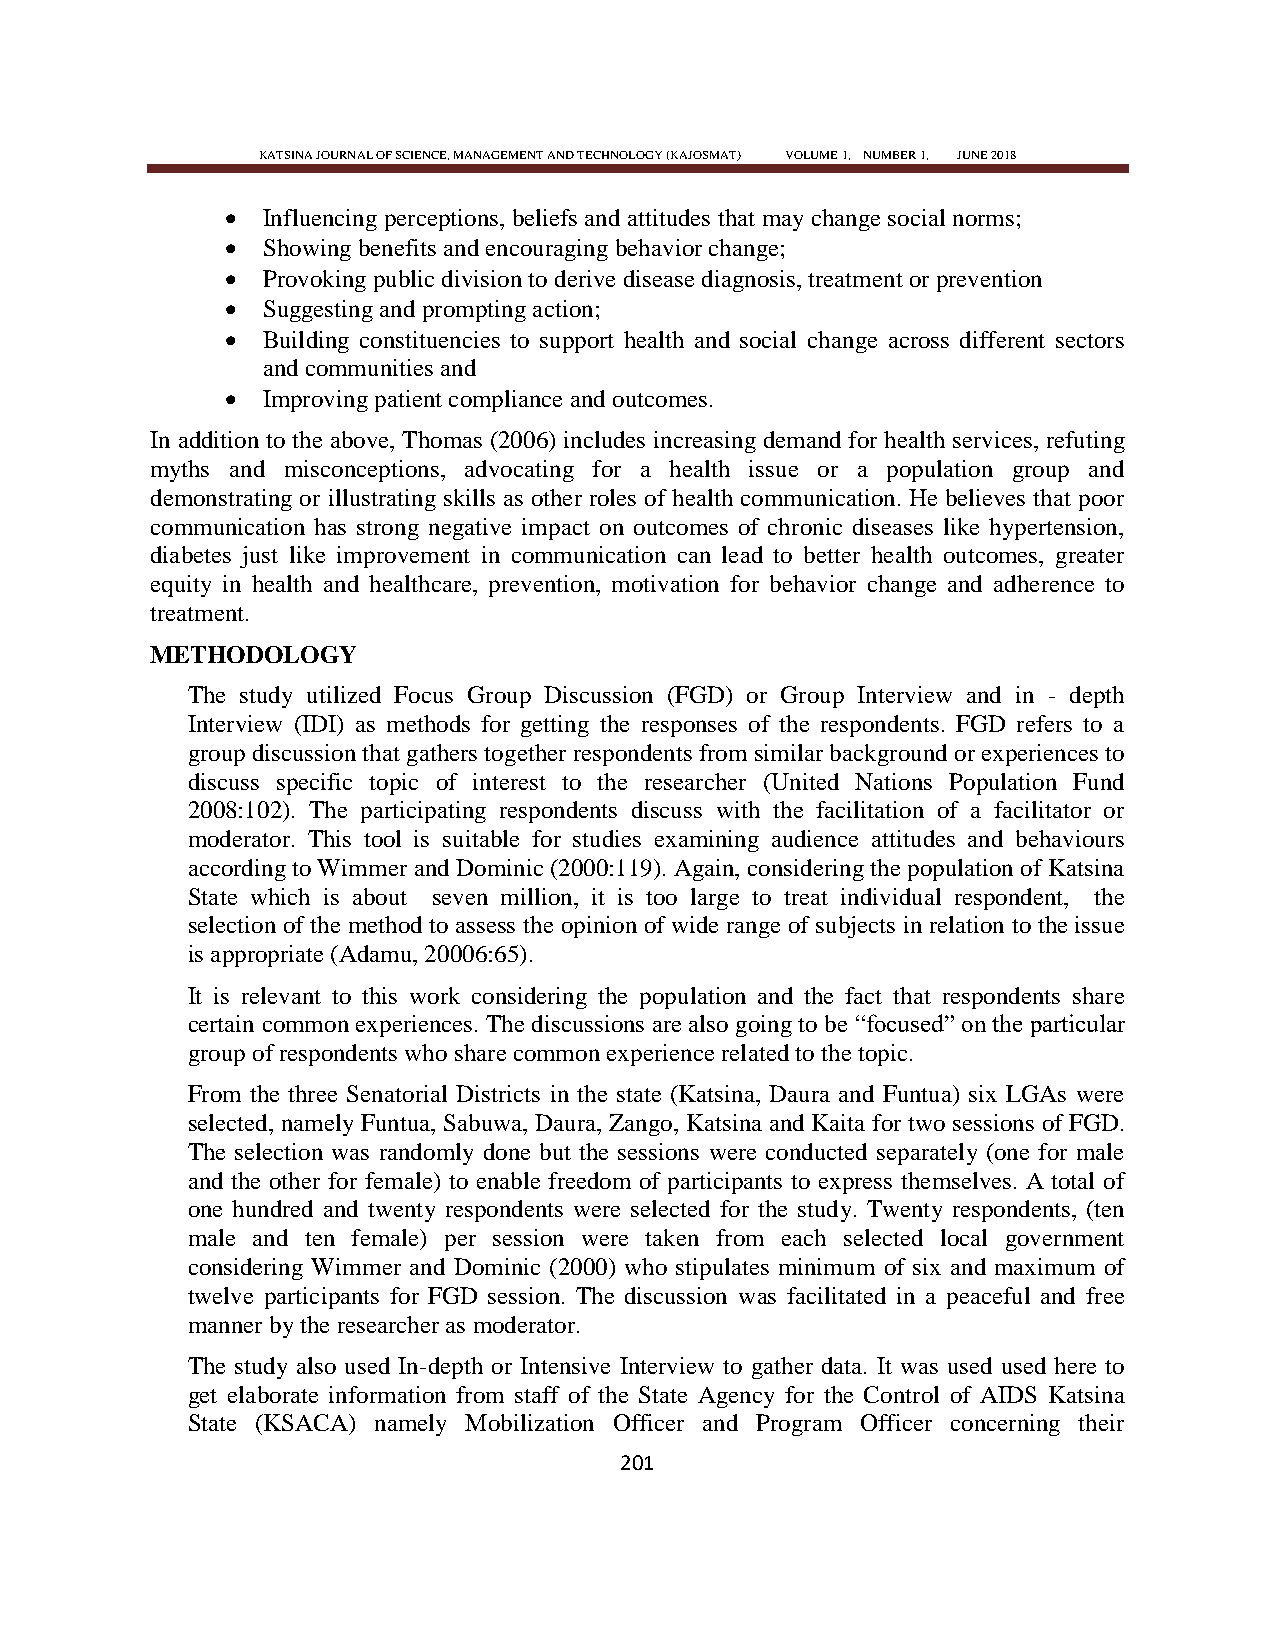
KATSINA JOURNAL OF SCIENCE, MANAGEMENT AND TECHNOLOGY (KAJOSMAT) VOLUME 1, NUMBER 1, JUNE 2018
  Influencing perceptions, beliefs and attitudes that may change social norms;
  Showing benefits and encouraging behavior change;
  Provoking public division to derive disease diagnosis, treatment or prevention
  Suggesting and prompting action;
  Building constituencies to support health and social change across different sectors
 and communities and
  Improving patient compliance and outcomes.
 In addition to the above, Thomas (2006) includes increasing demand for health services, refuting
 myths and misconceptions, advocating for a health issue or a population group and
 demonstrating or illustrating skills as other roles of health communication. He believes that poor
 communication has strong negative impact on outcomes of chronic diseases like hypertension,
 diabetes just like improvement in communication can lead to better health outcomes, greater
 equity in health and healthcare, prevention, motivation for behavior change and adherence to
 treatment.
 METHODOLOGY
 The study utilized Focus Group Discussion (FGD) or Group Interview and in - depth
 Interview (IDI) as methods for getting the responses of the respondents. FGD refers to a
 group discussion that gathers together respondents from similar background or experiences to
 discuss specific topic of interest to the researcher (United Nations Population Fund
 2008:102). The participating respondents discuss with the facilitation of a facilitator or
 moderator. This tool is suitable for studies examining audience attitudes and behaviours
 according to Wimmer and Dominic (2000:119). Again, considering the population of Katsina
 State which is about seven million, it is too large to treat individual respondent, the
 selection of the method to assess the opinion of wide range of subjects in relation to the issue
 is appropriate (Adamu, 20006:65).
 It is relevant to this work considering the population and the fact that respondents share
 certain common experiences. The discussions are also going to be ―focused‖ on the particular
 group of respondents who share common experience related to the topic.
 From the three Senatorial Districts in the state (Katsina, Daura and Funtua) six LGAs were
 selected, namely Funtua, Sabuwa, Daura, Zango, Katsina and Kaita for two sessions of FGD.
 The selection was randomly done but the sessions were conducted separately (one for male
 and the other for female) to enable freedom of participants to express themselves. A total of
 one hundred and twenty respondents were selected for the study. Twenty respondents, (ten
 male and ten female) per session were taken from each selected local government
 considering Wimmer and Dominic (2000) who stipulates minimum of six and maximum of
 twelve participants for FGD session. The discussion was facilitated in a peaceful and free
 manner by the researcher as moderator.
 The study also used In-depth or Intensive Interview to gather data. It was used used here to
 get elaborate information from staff of the State Agency for the Control of AIDS Katsina
 State (KSACA) namely Mobilization Officer and Program Officer concerning their
 201